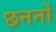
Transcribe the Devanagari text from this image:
छननों